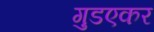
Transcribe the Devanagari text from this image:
गुडएकर